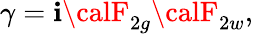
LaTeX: {\gamma}=\mathbf{i}{\calF}_{2g}{\calF}_{2w},